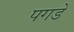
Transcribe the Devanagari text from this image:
पगडे